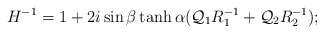
\begin{align*}H^{-1}=1+2i\sin\beta \tanh\alpha ({\cal Q}_1R_1^{-1}+{\cal Q}_2R_2^{-1});\end{align*}